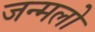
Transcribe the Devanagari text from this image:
जन्मलो